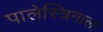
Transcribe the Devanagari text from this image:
पालेस्त्रिनाला